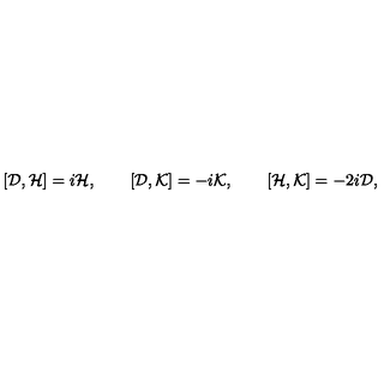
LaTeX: [ { \cal D } , { \cal H } ] = i { \cal H } , \qquad [ { \cal D } , { \cal K } ] = - i { \cal K } , \qquad [ { \cal H } , { \cal K } ] = - 2 i { \cal D } ,